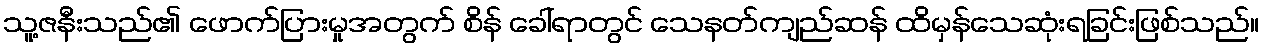
သူ့ဇနီးသည်၏ ဖောက်ပြားမှုအတွက် စိန် ခေါ်ရာတွင် သေနတ်ကျည်ဆန် ထိမှန်သေဆုံးရခြင်းဖြစ်သည်။